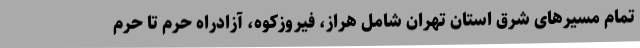
تمام مسیرهای شرق استان تهران شامل هراز، فیروزکوه، آزادراه حرم تا حرم